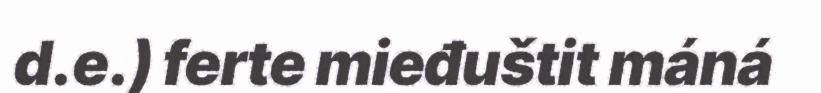
d.e.) ferte mieđuštit máná